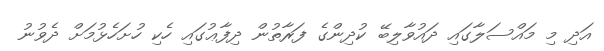
އަދި މި މައްސަލާގައި ދައުވާލިބޭ ކުދިންގެ ފަރާތުން ދިފާޢުގައި ހެކި ހުށަހެޅުމަށް ދެވުނު